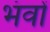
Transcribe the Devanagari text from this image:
भंवों